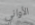
الأواني